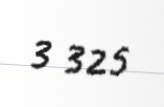
3 325